Lunatic asylums Madras 1877-1891 - 1877-1891
Year: 1877
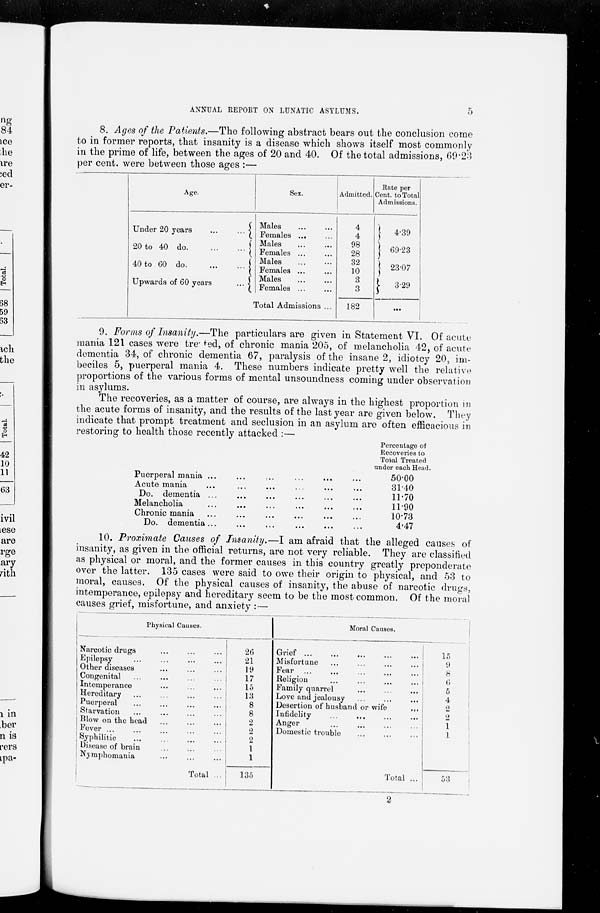
ANNUAL REPORT ON LUNATIC ASYLUMS.
5
8. Ages of the Patients.—The following abstract bears out the conclusion come
to in former reports, that insanity is a disease which shows itself most commonly
in the prime of life, between the ages of 20 and 40. Of the total admissions, 69.23
per cent. were between those ages :—
Age.
Under 20 years
...
...
20 to 40 do. ... ...
40 to
60
do. ... ...
Upwards of 60 years
...
Sex.
Males ... ...
Females ... ...
Males ... ...
Females ... ...
Males ... ...
Females ... ...
Males ... ...
Females ... ...
Total Admissions ...
Admitted.
4
4
98
28
32
10
3
3
182
Rate per
Cent. to Total
Admissions.
4.39
69.23
23.07
3.29
...
9. Forms of Insanity.—The
particulars are given in Statement VI. Of acute
mania 121 cases were treated, of chronic mania 205, of melancholia 42, of acute
dementia 34, of chronic dementia 67, paralysis of the insane 2, idiotcy 20, im-
beciles 5, puerperal mania 4. These numbers indicate pretty well the relative
proportions of the various forms of mental unsoundness coming under observation
in asylums.
The recoveries, as a matter of course, are always in the highest proportion in
the acute forms of insanity, and the results of the last year are given below. They
indicate that prompt treatment and seclusion in an asylum are often efficacious in
restoring to health those recently attacked :—
Puerperal mania ... ... ... ... ... ...
Acute mania ... ... ... ... ... ...
Do. dementia ... ... ... ... ... ...
Melancholia ... ... ... ... ... ...
Chronic mania ... ... ... ... ... ...
Do. dementia ... ... ... ... ... ...
Percentage of
Recoveries to
Total Treated
under each Head.
50.00
31.40
11.70
11.90
10.73
4.47
10. Proximate Causes of Insanity.—I am afraid that the alleged causes of
insanity, as given in the official returns, are not very reliable. They are classified
as physical or moral, and the former causes in this country greatly preponderate
over the latter. 135 cases were said to owe their origin to physical, and 53 to
moral, causes. Of the physical causes of insanity, the abuse of narcotic drugs,
intemperance, epilepsy and hereditary seem to be the most common. Of the moral
causes grief, misfortune, and anxiety :—
Physical Causes.
Narcotic drugs ... ... ...
Epilepsy ... ... ... ...
Other diseases
...
...
...
Congenital
...
...
...
...
Intemperance
...
...
...
Hereditary
...
...
...
...
Puerperal
...
...
...
...
Starvation
...
...
...
...
Blow on the head
...
...
...
Fever
...
...
...
...
...
Syphilitic
...
...
...
...
Disease of brain
...
...
...
Nymphomania ... ... ...
Total ...
26
21
19
17
15
13
8
8
2
2
2
1
1
135
Moral Causes.
Grief ...
...
...
...
...
Misfortune
...
...
...
...
Fear
...
...
...
...
...
Religion
...
...
...
...
Family quarrel
...
...
...
Love and jealousy
...
...
...
Desertion of husband or wife ...
Infidelity
...
...
...
...
Anger
...
...
...
...
Domestic trouble
...
...
...
Total ...
15
9
8
6
5
4
2
2
1
1
53
2